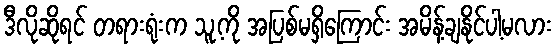
ဒီလိုဆိုရင် တရားရုံးက သူ့ကို အပြစ်မရှိကြောင်း အမိန့်ချနိုင်ပါ့မလား